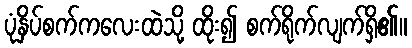
ပုံနှိပ်စက်ကလေးထဲသို့ ထိုး၍ စက်ရိုက်လျက်ရှိ၏။